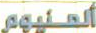
ألمنيوم